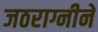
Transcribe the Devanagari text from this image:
जठराग्नीने